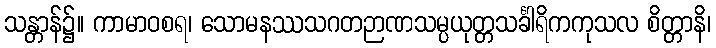
သန္တာန်၌။ ကာမာဝစရ၊ သောမနဿသဂတဉာဏသမ္ပယုတ္တသင်္ခါရိကကုသလ စိတ္တာနိ၊